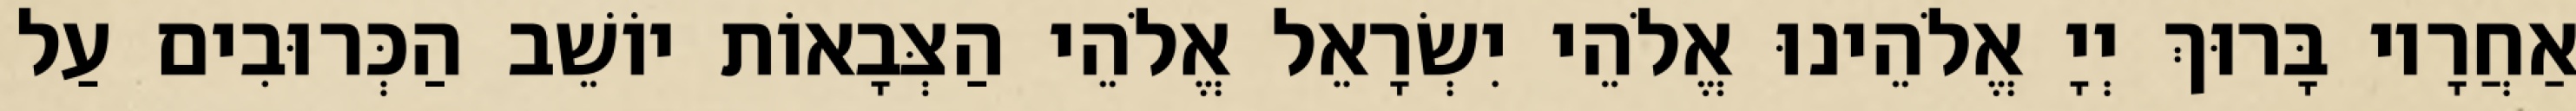
אַחֲרָיו בָּרוּךְ יְיָ אֱלֹהֵינוּ אֱלֹהֵי יִשְׂרָאֵל אֱלֹהֵי הַצְּבָאוֹת יוֹשֵׁב הַכְּרוּבִים עַל